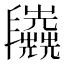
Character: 𠃈